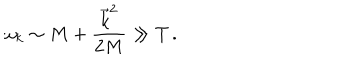
\omega _ { k } \sim M + \frac { \vec { k } ^ { 2 } } { 2 M } \gg T \, .